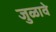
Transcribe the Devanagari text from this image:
जुळावे